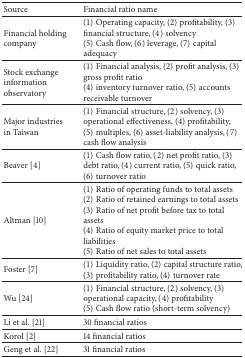
<table><thead><tr><td><b>Source</b></td><td><b>Financial ratio name</b></td></tr></thead><tbody><tr><td>Financial holdingcompany</td><td>(1) Operating capacity, (2) profitability, (3) financial structure, (4) solvency (5) Cash flow, (6) leverage, (7) capital adequacy</td></tr><tr><td>Stock exchange information observatory</td><td>(1) Financial analysis, (2) profit analysis, (3) gross profit ratio (4) inventory turnover ratio, (5) accounts receivable turnover</td></tr><tr><td>Major industriesin Taiwan</td><td>(1) Financial structure, (2) solvency, (3) operational effectiveness, (4) profitability, (5) multiples, (6) asset-liability analysis, (7) cash flow analysis</td></tr><tr><td>Beaver [4]</td><td>(1) Cash flow ratio, (2) net profit ratio, (3) debt ratio, (4) current ratio, (5) quick ratio, (6) turnover ratio</td></tr><tr><td>Altman [10]</td><td>(1) Ratio of operating funds to total assets (2) Ratio of retained earnings to total assets (3) Ratio of net profit before tax to total assets (4) Ratio of equity market price to total liabilities(5) Ratio of net sales to total assets</td></tr><tr><td>Foster [7]</td><td>(1) Liquidity ratio, (2) capital structure ratio, (3) profitability ratio, (4) turnover rate</td></tr><tr><td>Wu [24]</td><td>(1) Financial structure, (2) solvency, (3) operational capacity, (4) profitability (5) Cash flow ratio (short-term solvency)</td></tr><tr><td>Li et al. [21]</td><td>30 financial ratios</td></tr><tr><td>Korol [2]</td><td>14 financial ratios</td></tr><tr><td>Geng et al. [22]</td><td>31 financial ratios</td></tr></tbody></table>